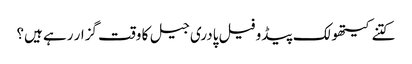
کتنے کیتھولک پیڈو فیل پادری جیل کا وقت گزار رہے ہیں؟